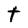
Character: t